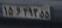
۱۵و۲۹۳۵۵